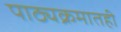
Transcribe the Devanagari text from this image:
पाठ्यक्रमातही